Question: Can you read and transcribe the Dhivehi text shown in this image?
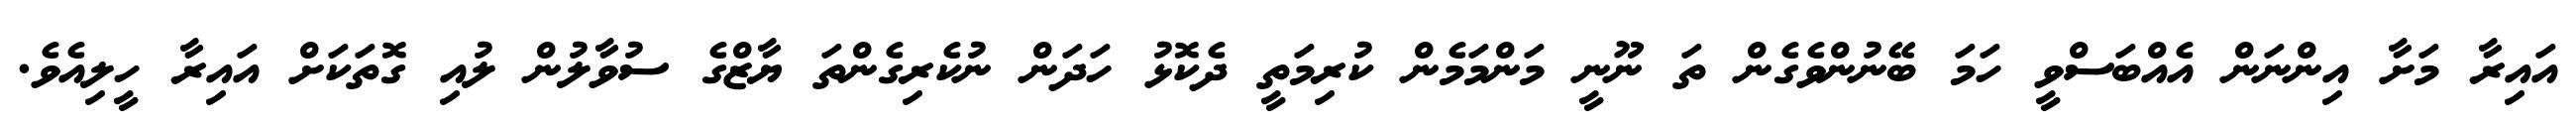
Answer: އައިރާ މަށާ އިންނަން އެއްބަސްވީ ހަމަ ބޭނުންވެގެން ތަ ނޫނީ މަންމަމެން ކުރިމަތީ ދެކޮޅު ހަދަން ނުކެރިގެންތަ ޔާޒްގެ ސުވާލުން ލުއި ގޮތަކަށް އައިރާ ހީލިއެވެ.